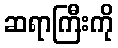
ဆရာကြီးကို